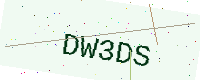
Text: DW3DS